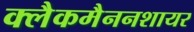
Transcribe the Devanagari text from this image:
क्लैकमैननशायर